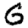
Digit: 6